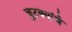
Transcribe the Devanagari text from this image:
चुटक्यांचे